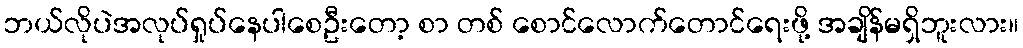
ဘယ်လိုပဲအလုပ်ရှုပ်နေပါစေဦးတော့ စာ တစ် စောင်လောက်တောင်ရေးဖို့ အချိန်မရှိဘူးလား။